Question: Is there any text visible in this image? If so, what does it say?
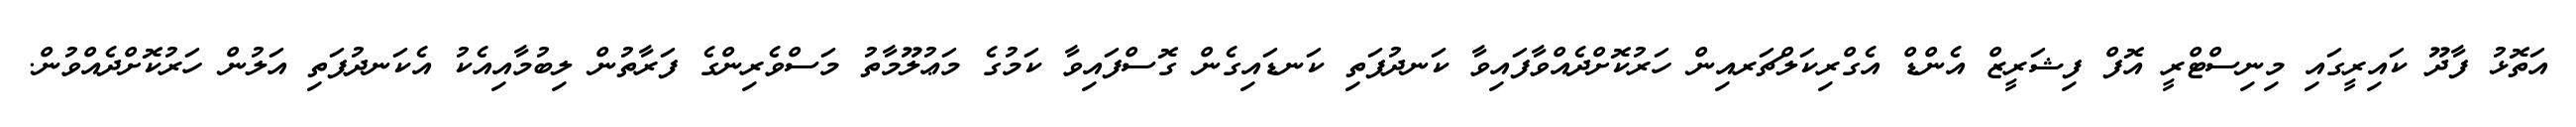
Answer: އަތޮޅު ފާދޫ ކައިރީގައި މިނިސްޓްރީ އޮފް ފިޝަރީޒް އެންޑް އެގްރިކަލްޗަރއިން ހަރުކޮށްދެއްވާފައިވާ ކަނދުފަތި ކަނޑައިގެން ގޮސްފައިވާ ކަމުގެ މަޢުލޫމާތު މަސްވެރިންގެ ފަރާތުން ލިބުމާއިއެކު އެކަނދުފަތި އަލުން ހަރުކޮށްދެއްވުން.